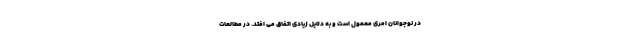
در نوجوانان امری معمول است و به دلایل زیادی اتفاق می افتد. در مطالعات